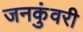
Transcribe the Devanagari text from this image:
जनकुंवरी